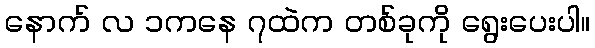
နောက် လ ၁ကနေ ၇ထဲက တစ်ခုကို ရွေးပေးပါ။